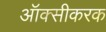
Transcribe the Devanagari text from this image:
ऑक्सीकरक